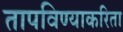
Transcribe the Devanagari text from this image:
तापविण्याकरिता